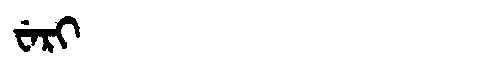
Manchu: ᠸᡝᡵᡳ
Romanization: WERI